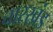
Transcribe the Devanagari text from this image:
चारखंड